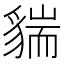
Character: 貒